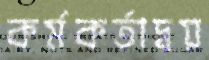
কর্মকর্তাদ্বয়